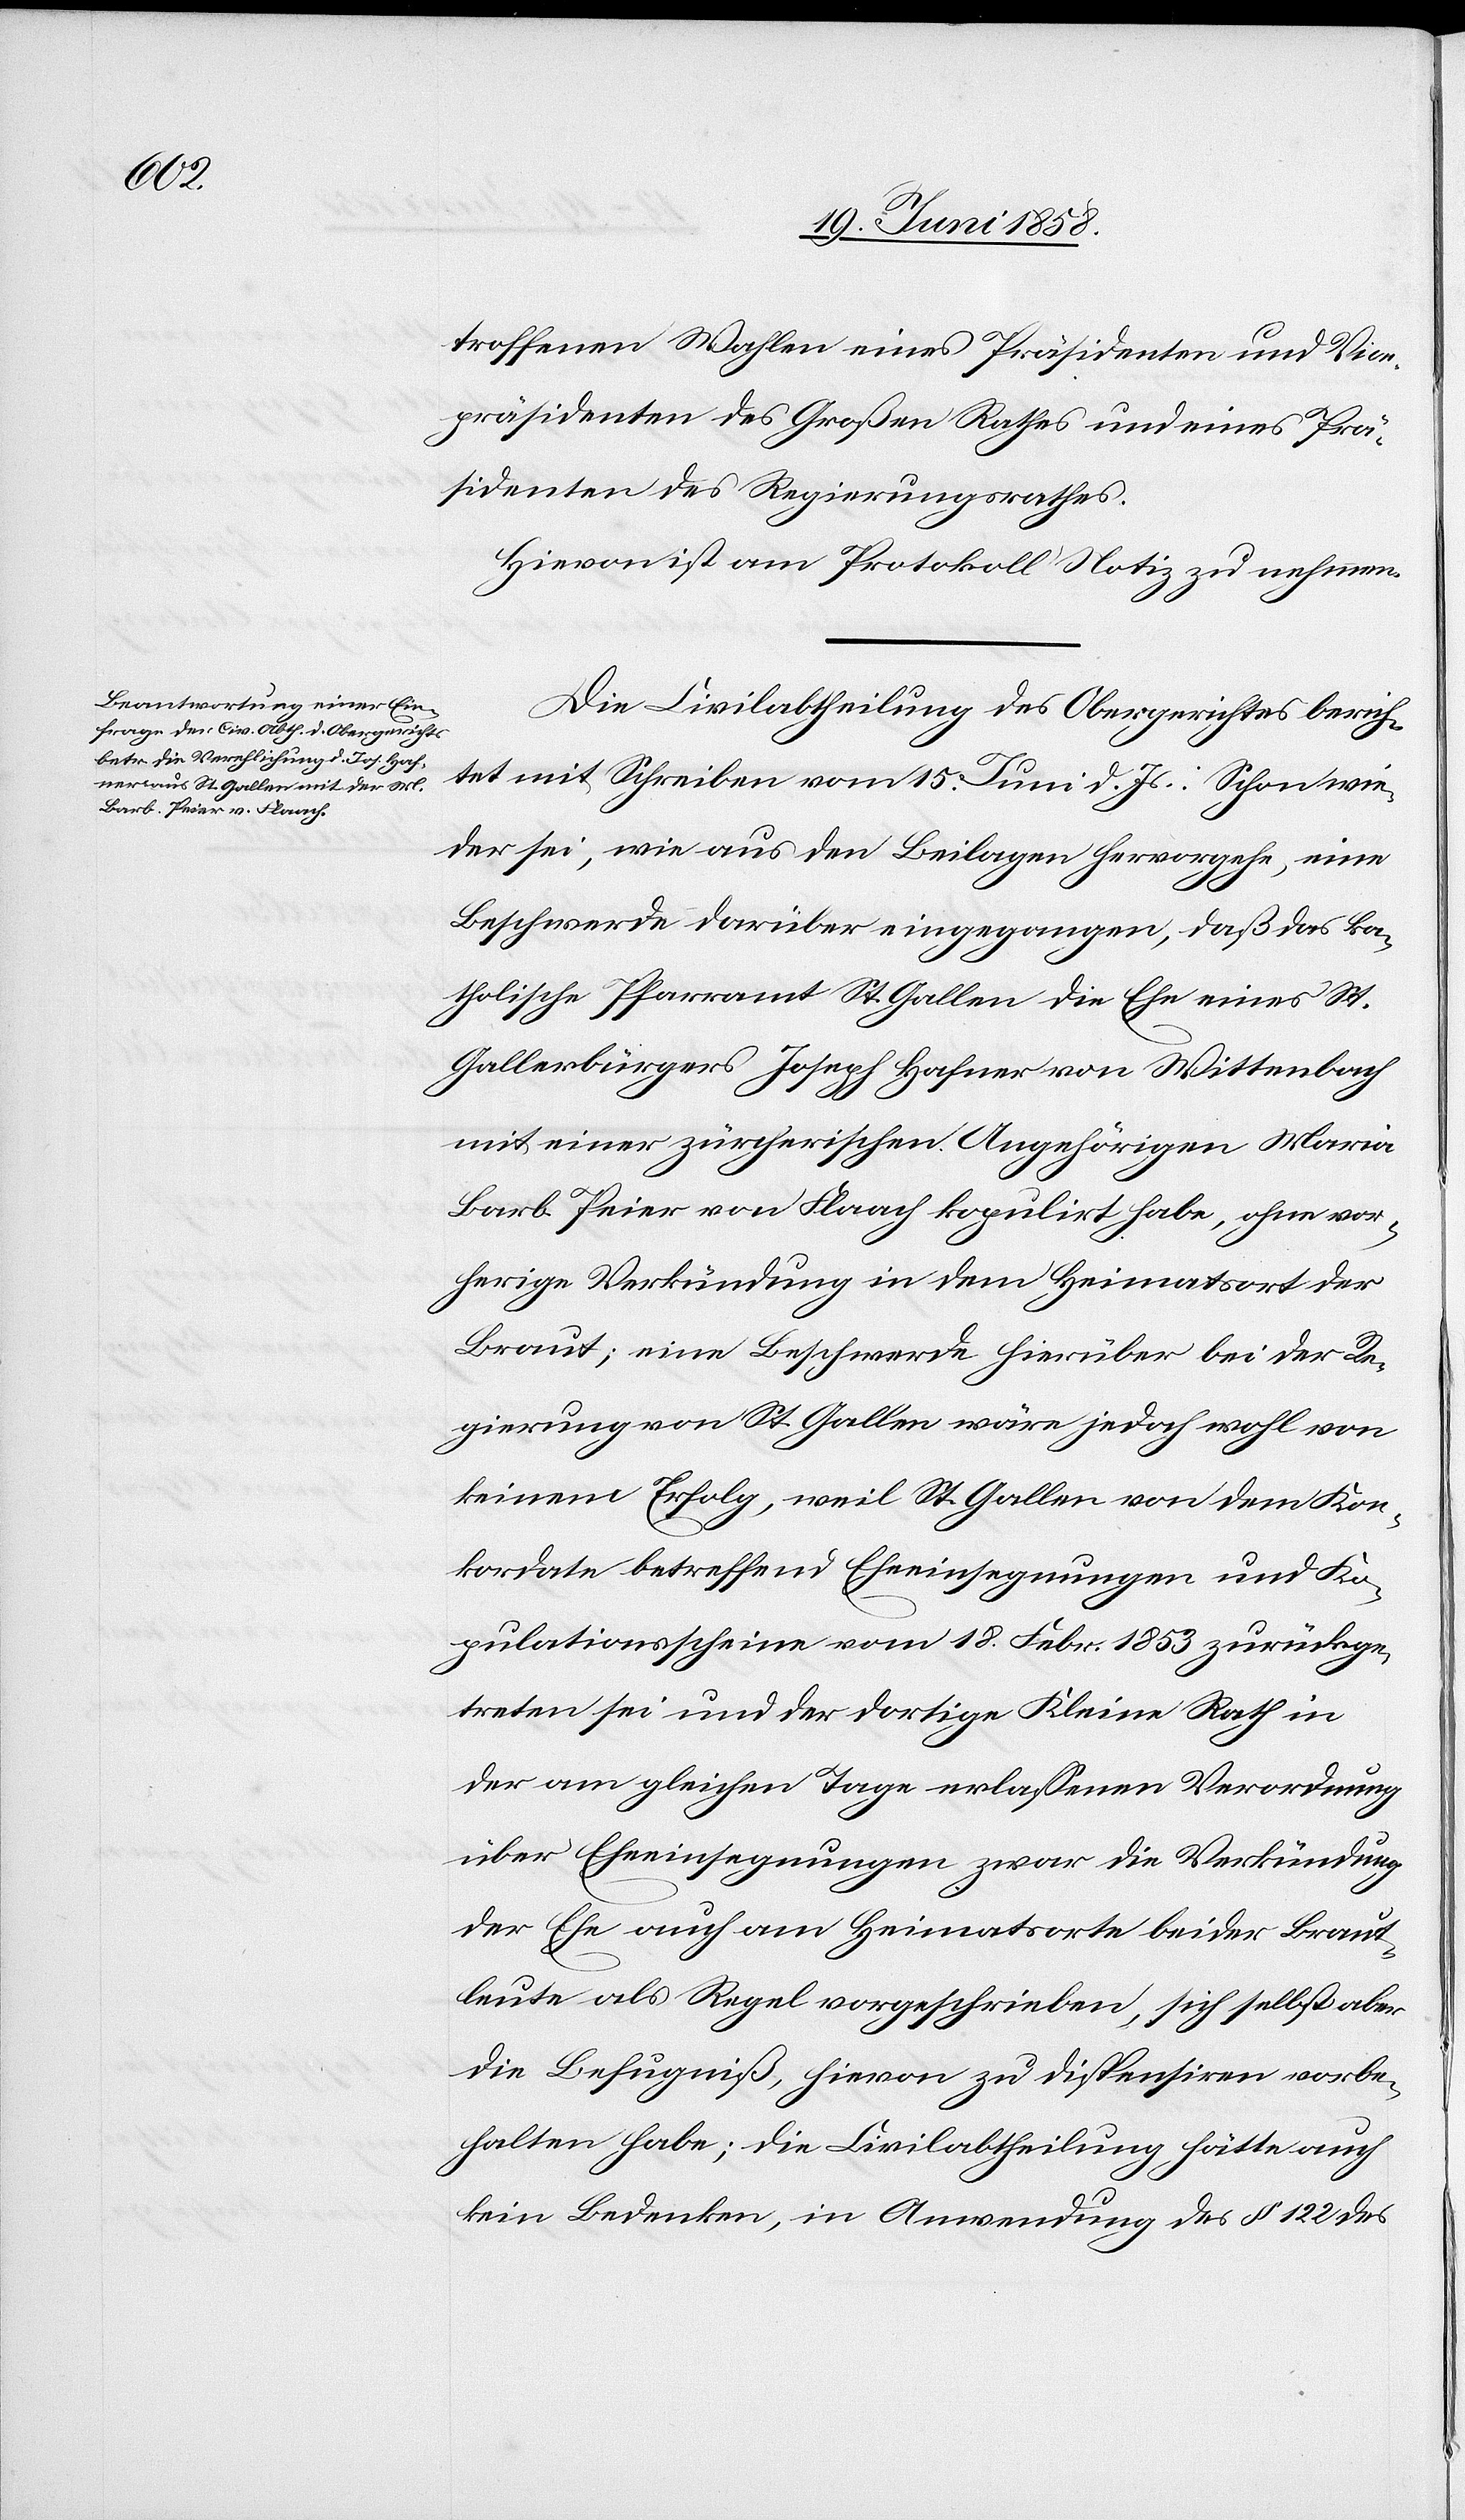
troffenen Wahlen eines Präsidenten und Vice¬
präsidenten des Großen Rathes und eines Prä¬
sidenten des Regierungsrathes.
Hievon ist am Protokoll Notiz zu nehmen.
Die Civilabtheilung des Obergerichtes berich¬
tet mit Schreiben vom 15. Juni d. Js.: Schon wie¬
der sei, wie aus den Beilagen hervorgehe, eine
Beschwerde darüber eingegangen, daß das ka¬
tholische Pfarramt St. Gallen die Ehe eines St.
Gallerbürgers Joseph Hafner von Wittenbach
mit einer zürcherischen Angehörigen Maria
Barb. Peier von Flaach kopulirt habe, ohne vor¬
herige Verkündung in dem Heimatsort der
Braut; eine Beschwerde hierüber bei der Re¬
gierung von St. Gallen wäre jedoch wohl von
keinem Erfolg, weil St. Gallen von dem Kon¬
kordate betreffend Eheeinsegnungen und Ko¬
pulationsscheine vom 18. Febr. 1853 zurückge¬
treten sei und der dortige Kleine Rath in
der am gleichen Tage erlassenen Verordnung
über Eheeinsegnungen zwar die Verkündung
der Ehe auch am Heimatsorte beider Braut¬
leute als Regel vorgeschrieben, sich selbst aber
die Befugniß, hievon zu dispensiren vorbe¬
halten habe; die Civilabtheilung hätte auch
kein Bedenken, in Anwendung des § 122 des